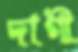
দাগী